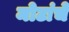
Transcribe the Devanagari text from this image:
मोटांचे